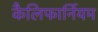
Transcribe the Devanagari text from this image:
कैलिफार्नियम